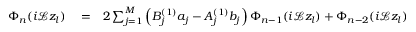
\begin{array} { r l r } { \Phi _ { n } ( i \mathcal { L } z _ { l } ) } & { { } = } & { 2 \sum _ { j = 1 } ^ { M } \left( B _ { j } ^ { ( 1 ) } a _ { j } - A _ { j } ^ { ( 1 ) } b _ { j } \right) \Phi _ { n - 1 } ( i \mathcal { L } z _ { l } ) + \Phi _ { n - 2 } ( i \mathcal { L } z _ { l } ) } \end{array}